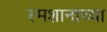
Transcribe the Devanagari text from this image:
स्मशानाच्या